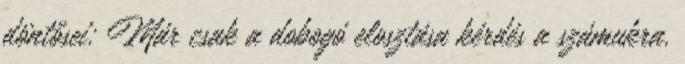
döntősei: Már csak a dobogó elosztása kérdés a számukra.